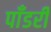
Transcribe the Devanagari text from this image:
पाँडरी